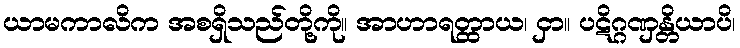
ယာမကာလိက အစရှိသည်တို့ကို။ အာဟာရတ္ထာယ၊ ငှာ။ ပဋိဂ္ဂဏှန္တိယာပိ၊